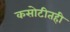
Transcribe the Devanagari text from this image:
कसोटीतही